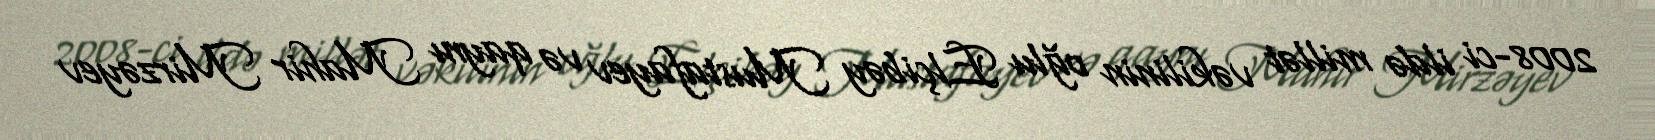
2008-ci ildə millət vəkilinin oğlu Elçibəy Mustafayev və qaynı Mahir Mirzəyev